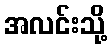
အလင်းသို့